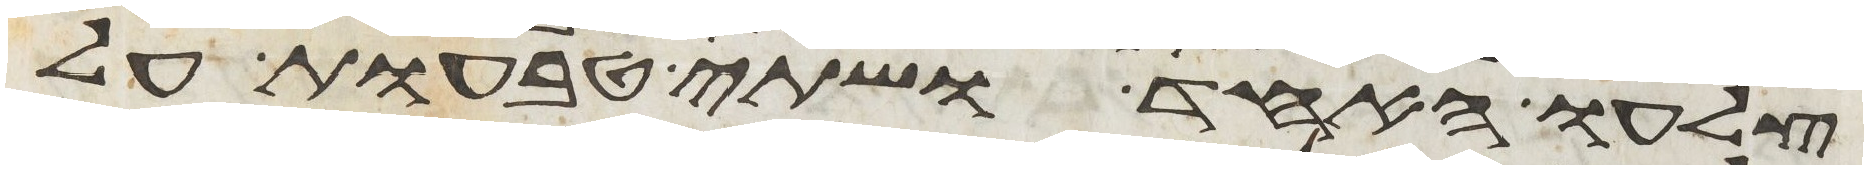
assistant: צלעו האחד ושתי טבעות על